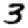
Digit: 3